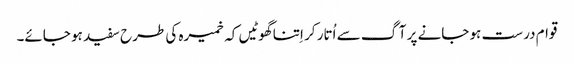
قوام درست ہو جانے پر آگ سے اُتار کر اِتنا گھوٹیں کہ خمیرہ کی طرح سفید ہو جائے۔